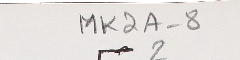
MK2A-82